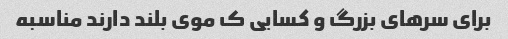
برای سرهای بزرگ و کسایی ک موی بلند دارند مناسبه